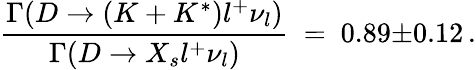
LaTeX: \frac{\Gamma(D\rightarrow(K+K^{*})l^{+}\nu_{l})}{\Gamma(D\rightarrow X_{s}l^{+}\nu_{l})}\ =\ 0.89{\pm}0.12\, .